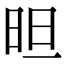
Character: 㫜